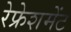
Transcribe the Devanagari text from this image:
रेफ्रेशमेंट